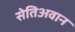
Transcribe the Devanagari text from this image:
सेतिअवान